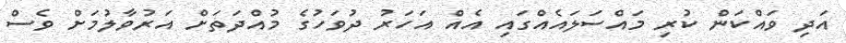
އަދި ވައްކަން ކުރި މައްސަލައެއްގައި އެއް އަހަރު ދުވަހުގެ މުއްދަތަށް އަރުވާލުމަށް ވެސް